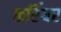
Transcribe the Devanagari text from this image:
कर्रियर